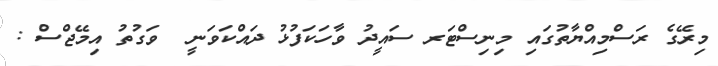
މިރޭގެ ރަސްމިއްޔާތުގައި މިނިސްޓަރ ސައީދު ވާހަކަފުޅު ދައްކަވަނީ  ވަގުތު އިމޭޖްސް :